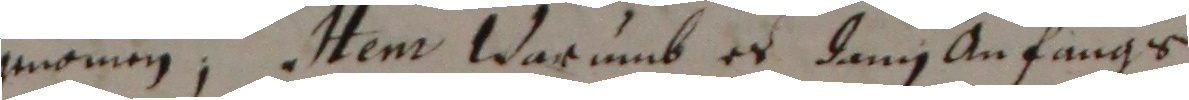
gnommen, Item warumb es dann anfangs